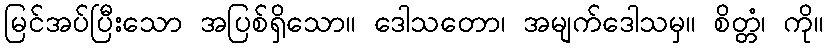
မြင်အပ်ပြီးသော အပြစ်ရှိသော။ ဒေါသတော၊ အမျက်ဒေါသမှ။ စိတ္တံ၊ ကို။